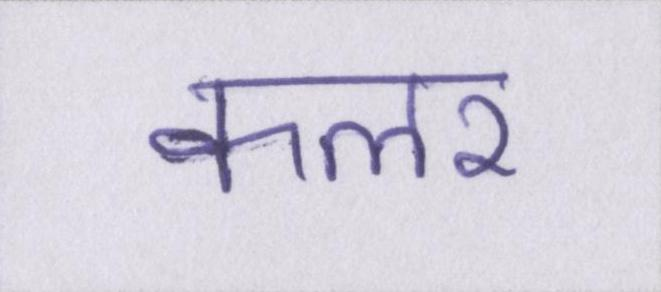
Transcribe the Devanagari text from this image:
कलर